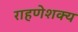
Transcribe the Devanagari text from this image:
राहणेशक्य